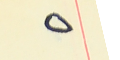
٥